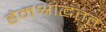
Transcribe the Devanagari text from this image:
हेमश्राद्धंततः